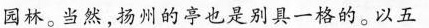
园林。当然，扬州的亭也是别具一格的。以五